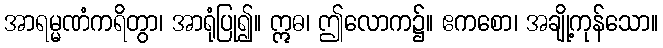
အာရမ္မဏံကရိတွာ၊ အာရုံပြု၍။ ဣဓ၊ ဤလောက၌။ ဧကစော၊ အချို့ကုန်သော။